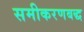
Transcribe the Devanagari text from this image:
समीकरणबद्ध